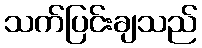
သက်ပြင်းချသည်